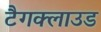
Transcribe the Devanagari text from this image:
टैगक्लाउड